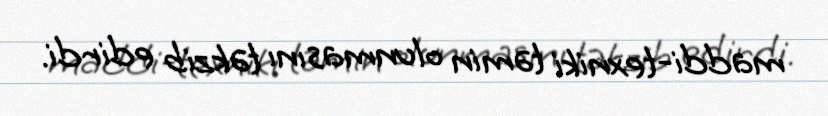
maddi-texniki təmin olunmasını təkzib edirdi.